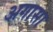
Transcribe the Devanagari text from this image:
अगासा